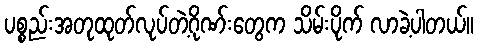
ပစ္စည်းအတုထုတ်လုပ်တဲ့ဂိုဏ်းတွေက သိမ်းပိုက် လာခဲ့ပါတယ်။